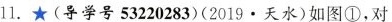
11.★(导学号53220283)(2019.天水)如图①，对